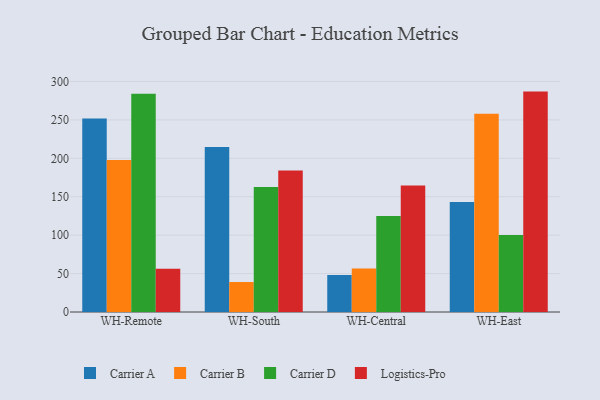
{"axis": {"x": "Warehouse", "y": "Operating Costs (USD K)"}, "legend": ["Carrier A", "Carrier B", "Carrier D", "Logistics-Pro"], "data": [{"x": "WH-Remote", "y": 251.9, "type": "Carrier A"}, {"x": "WH-Remote", "y": 197.7, "type": "Carrier B"}, {"x": "WH-Remote", "y": 283.9, "type": "Carrier D"}, {"x": "WH-Remote", "y": 56.2, "type": "Logistics-Pro"}, {"x": "WH-South", "y": 214.8, "type": "Carrier A"}, {"x": "WH-South", "y": 39.0, "type": "Carrier B"}, {"x": "WH-South", "y": 162.5, "type": "Carrier D"}, {"x": "WH-South", "y": 184.0, "type": "Logistics-Pro"}, {"x": "WH-Central", "y": 48.1, "type": "Carrier A"}, {"x": "WH-Central", "y": 56.5, "type": "Carrier B"}, {"x": "WH-Central", "y": 125.0, "type": "Carrier D"}, {"x": "WH-Central", "y": 164.7, "type": "Logistics-Pro"}, {"x": "WH-East", "y": 143.1, "type": "Carrier A"}, {"x": "WH-East", "y": 258.1, "type": "Carrier B"}, {"x": "WH-East", "y": 100.2, "type": "Carrier D"}, {"x": "WH-East", "y": 286.8, "type": "Logistics-Pro"}]}